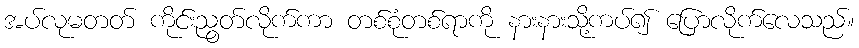
အပ်လုမတတ် ကိုင်းညွတ်လိုက်ကာ တစ်စုံတစ်ရာကို နားနားသို့ကပ်၍ ပြောလိုက်လေသည်။